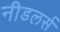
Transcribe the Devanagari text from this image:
नीडलर्स